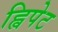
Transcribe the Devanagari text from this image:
ह्विपेट